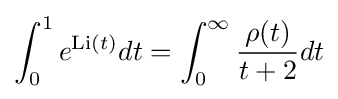
\int _{0}^{1}e^{\mathrm {Li} (t)}dt=\int _{0}^{\infty }{\frac {\rho (t)}{t+2}}dt